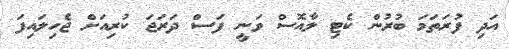
އަދި ފުރަތަމަ ބުރުން ކެޓި ލާއޮސް ވަނީ ފަސް ދަރަޖަ ކުރިއަށް ޖެހިލައިފަ